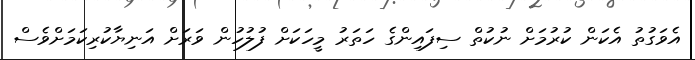
އެވަގުތު އެކަން ކުރުމަށް ނުކުތް ސިފައިންގެ ހަތަރު މީހަކަށް ފުލުހުން ވަރަށް އަނިޔާކުރިކަމަށްވެސް